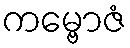
ကမ္ဗောဇံ